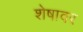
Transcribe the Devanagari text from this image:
शेषावर